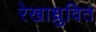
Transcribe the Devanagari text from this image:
रेखाध्रुवित